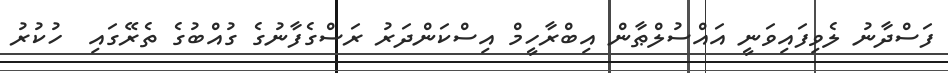
ފަސްދާނު ލެވިފައިވަނީ އައްސުލްޠާން އިބްރާހީމް އިސްކަންދަރު ރަސްގެފާނުގެ ގުއްބުގެ ތެރޭގައި  ހުކުރު